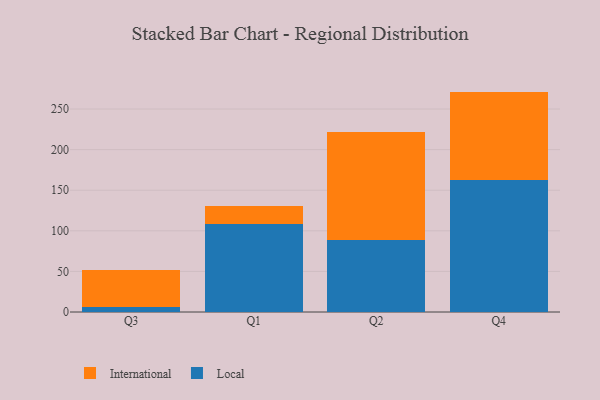
{"axis": {"x": "Quarter", "y": "Latency (ms)"}, "legend": ["International", "Local"], "data": [{"x": "Q3", "y": 5.8, "type": "Local"}, {"x": "Q3", "y": 45.8, "type": "International"}, {"x": "Q1", "y": 108.4, "type": "Local"}, {"x": "Q1", "y": 22.3, "type": "International"}, {"x": "Q2", "y": 88.8, "type": "Local"}, {"x": "Q2", "y": 132.6, "type": "International"}, {"x": "Q4", "y": 163.0, "type": "Local"}, {"x": "Q4", "y": 108.5, "type": "International"}]}